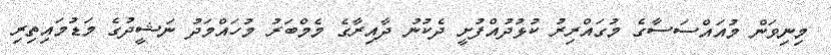
މިނިވަން މުއައްސަސާގެ މުގައްރިރު ކުޅުދުއްފުށީ ދެކުނު ދާއިރާގެ މެމްބަރު މުހައްމަދު ނަޝީދުގެ މަޑުމައިތިރި